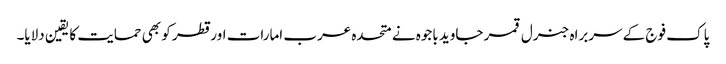
پاک فوج کے سربراہ جنرل قمر جاوید باجوہ نے متحدہ عرب امارات اور قطر کو بھی حمایت کا یقین دلایا۔